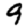
Digit: 9